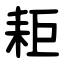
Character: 耟